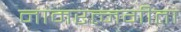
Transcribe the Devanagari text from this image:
नामरत्नगीता